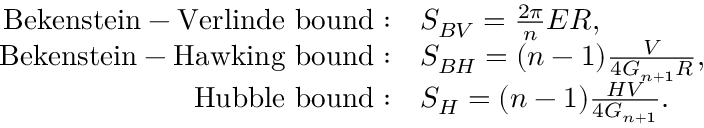
\begin{array} { r l } { { \mathrm { B e k e n s t e i n - V e r l i n d e ~ b o u n d } : } } & { { S _ { B V } = \frac { 2 \pi } { n } E { \cal R } , } } \\ { { \mathrm { B e k e n s t e i n - H a w k i n g ~ b o u n d } : } } & { { S _ { B H } = ( n - 1 ) \frac { V } { 4 G _ { n + 1 } { \cal R } } , } } \\ { { \mathrm { H u b b l e ~ b o u n d } : } } & { { S _ { H } = ( n - 1 ) \frac { H V } { 4 G _ { n + 1 } } . } } \end{array}